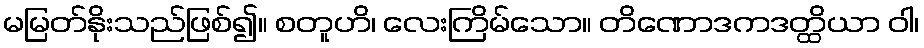
မမြတ်နိုးသည်ဖြစ်၍။ စတူဟိ၊ လေးကြိမ်သော။ တိဏောဒကဒတ္ထိယာ ဝါ၊